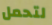
لتحمل